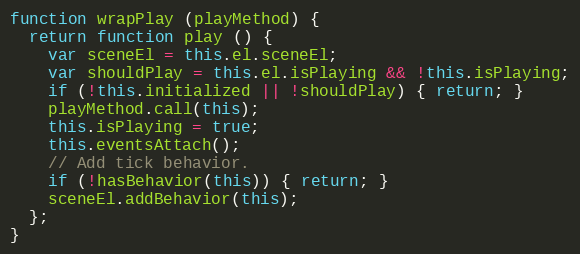
Language: JavaScript
function wrapPlay (playMethod) {
  return function play () {
    var sceneEl = this.el.sceneEl;
    var shouldPlay = this.el.isPlaying && !this.isPlaying;
    if (!this.initialized || !shouldPlay) { return; }
    playMethod.call(this);
    this.isPlaying = true;
    this.eventsAttach();
    // Add tick behavior.
    if (!hasBehavior(this)) { return; }
    sceneEl.addBehavior(this);
  };
}